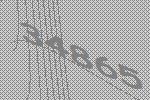
34865